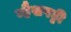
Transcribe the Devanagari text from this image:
म्हैसपट्टी